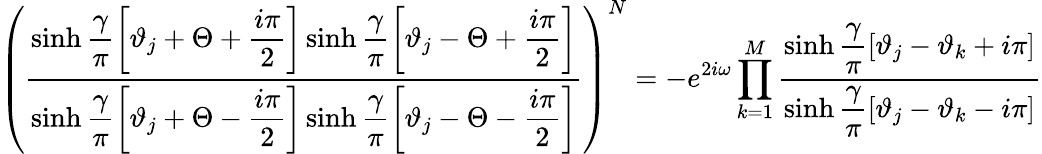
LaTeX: \left(\displaystyle\frac{\sinh\displaystyle\frac{\gamma}{\pi}\left[\vartheta_{j}+\Theta+\displaystyle\frac{i\pi}{2}\right]\sinh\displaystyle\frac{\gamma}{\pi}\left[\vartheta_{j}-\Theta+\displaystyle\frac{i\pi}{2}\right]}{\sinh\displaystyle\frac{\gamma}{\pi}\left[\vartheta_{j}+\Theta-\displaystyle\frac{i\pi}{2}\right]\sinh\displaystyle\frac{\gamma}{\pi}\left[\vartheta_{j}-\Theta-\displaystyle\frac{i\pi}{2}\right]}\right)^{N}=-e^{2i\omega}\prod_{k=1}^{M}\displaystyle\frac{\sinh\displaystyle\frac{\gamma}{\pi}\left[\vartheta_{j}-\vartheta_{k}+i\pi\right]}{\sinh\displaystyle\frac{\gamma}{\pi}\left[\vartheta_{j}-\vartheta_{k}-i\pi\right]}